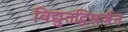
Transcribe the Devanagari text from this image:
विद्युतद्विसर्जन